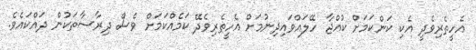
އެހީތެރިވެދީ އެކި ކަންކަމަށް ކުއްޖާ ހޭލައްވައިދިނުމަށް އެހީތެރިވެދޭ ކަމެއްކަމަށް ވެސް ދިރާސާތަކުން ދައްކައެވެ.